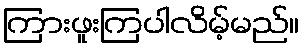
ကြားဖူးကြပါလိမ့်မည်။